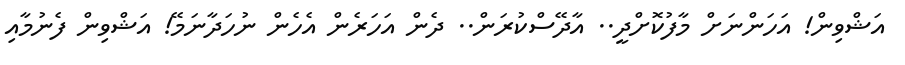
އަޝްވިން! އަހަންނަށް މާފުކޮށްދީ.. އާދޭސްކުރަން.. ދެން އަހަރެން އެހެން ނުހަދާނަމޭ! އަޝްވިން ފެނުމާއި